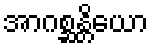
အာဂစ္ဆန္တိယော